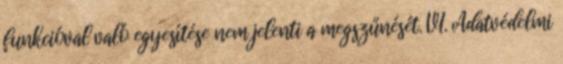
funkcióval való egyesítése nem jelenti a megszűnését. VI. Adatvédelmi